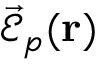
\vec { \mathcal { E } } _ { p } ( { \bf r } )